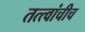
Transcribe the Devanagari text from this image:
तत्त्वांचीच